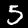
Label: 5